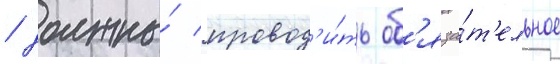
/ должны́ провод'и́ть об'яза́т'ельное